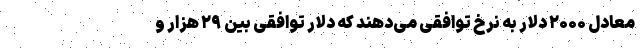
معادل ۲۰۰۰ دلار به نرخ توافقی می‌دهند که دلار توافقی بین ۲۹ هزار و